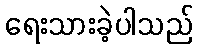
ရေးသားခဲ့ပါသည်